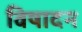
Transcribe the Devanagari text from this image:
विषादन